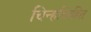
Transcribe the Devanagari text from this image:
चिन्हविरहित